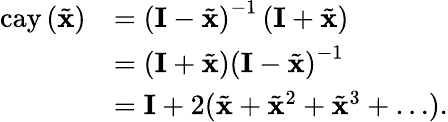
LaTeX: \begin{array}{rl}{\mathrm{cay}\left(\tilde{\mathbf{x}}\right)}&{=\left(\mathbf{I}-\tilde{\mathbf{x}}\right)^{-1}\left(\mathbf{I}+\tilde{\mathbf{x}}\right)}\\ &{=\left(\mathbf{I}+\tilde{\mathbf{x}}\right)\left(\mathbf{I}-\tilde{\mathbf{x}}\right)^{-1}}\\ &{=\mathbf{I}+2(\tilde{\mathbf{x}}+\tilde{\mathbf{x}}^{2}+\tilde{\mathbf{x}}^{3}+\ldots).}\end{array}